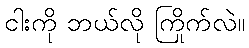
ငါးကို ဘယ်လို ကြိုက်လဲ။